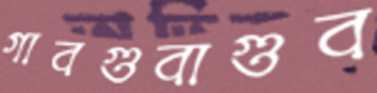
গাবগুবাগুব